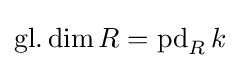
\operatorname {gl.dim} R=\operatorname {pd} _{R}k